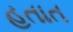
હતાત